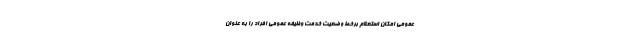
عمومی امکان استعلام برخط وضعیت خدمت وظیفه عمومی افراد را به عنوان